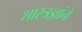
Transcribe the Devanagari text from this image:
शास्त्रज्ञांने